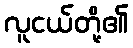
လူငယ်တို့၏